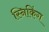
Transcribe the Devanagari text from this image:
स्निकिंग